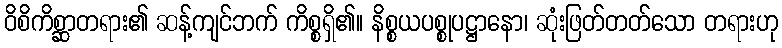
ဝိစိကိစ္ဆာတရား၏ ဆန့်ကျင်ဘက် ကိစ္စရှိ၏။ နိစ္စယပစ္စုပဋ္ဌာနော၊ ဆုံးဖြတ်တတ်သော တရားဟု